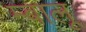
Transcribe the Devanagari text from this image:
म्बालू